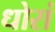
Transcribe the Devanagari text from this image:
धोरां